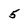
Character: 5